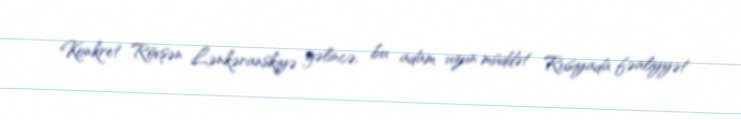
Konkret Rövşən Lənkəranskiyə gəlincə, bu adam uzun müddət Rusiyada fəaliyyət